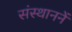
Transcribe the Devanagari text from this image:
संस्थाननें